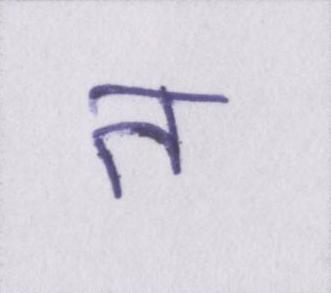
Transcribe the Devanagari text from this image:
त